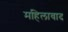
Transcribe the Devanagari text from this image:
महिलावाद